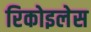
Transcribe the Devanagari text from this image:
रिकोइलेस